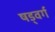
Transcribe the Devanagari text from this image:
षड्वर्ग